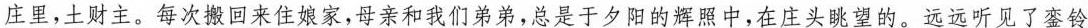
庄里,土财主。每次搬回来住娘家,母亲和我们弟弟,总是于夕阳的辉照中,在庄头眺望的。远远听见了銮铃